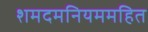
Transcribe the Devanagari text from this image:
शमदमनियममहित